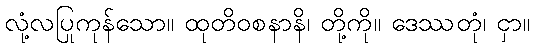
လုံ့လပြုကုန်သော။ ထုတိဝစနာနိ၊ တို့ကို။ ဒေဿတုံ၊ ငှာ။